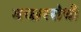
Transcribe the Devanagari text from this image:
मच्छररोधी